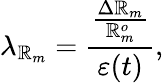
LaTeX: \lambda_{\mathbb{R}_{m}}=\frac{{\frac{{\Delta\mathbb{R}_{m}}}{{\mathbb{R}_{m}^{o}}}}}{{\varepsilon(t)}},